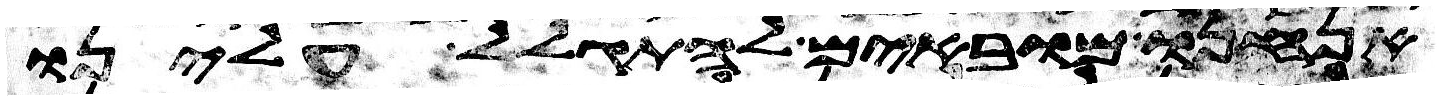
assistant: אנחנו מובאים להתגלל עלינו